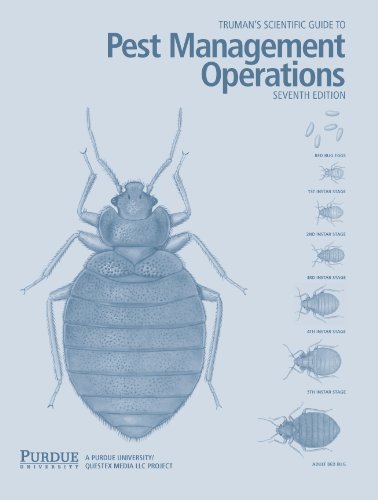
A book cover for Truman's Scientific Guide to Pest Management Operations 7th Edition (Truman's Scientific Guide to Pe; PH.D Gary W. Bennett; Science & Math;